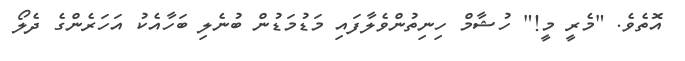
އޮތެވެ. "މެރީ މީ!" ހުޝާމް ހިނިތުންވެލާފައި މަޑުމަޑުން ބުނެލި ބަހާއެކު އަހަރެންގެ ދެލޯ